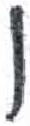
אות: ו